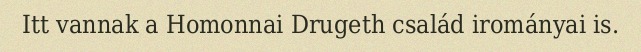
Itt vannak a Homonnai Drugeth család irományai is.